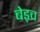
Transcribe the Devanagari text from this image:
बेड़च